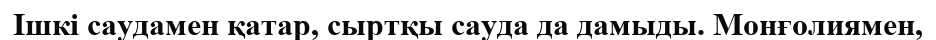
Ішкі саудамен қатар, сыртқы сауда да дамыды. Монғолиямен,